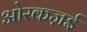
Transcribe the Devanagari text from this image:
ओरकज़ई